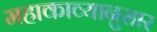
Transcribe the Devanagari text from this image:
महाकाव्यानुसार